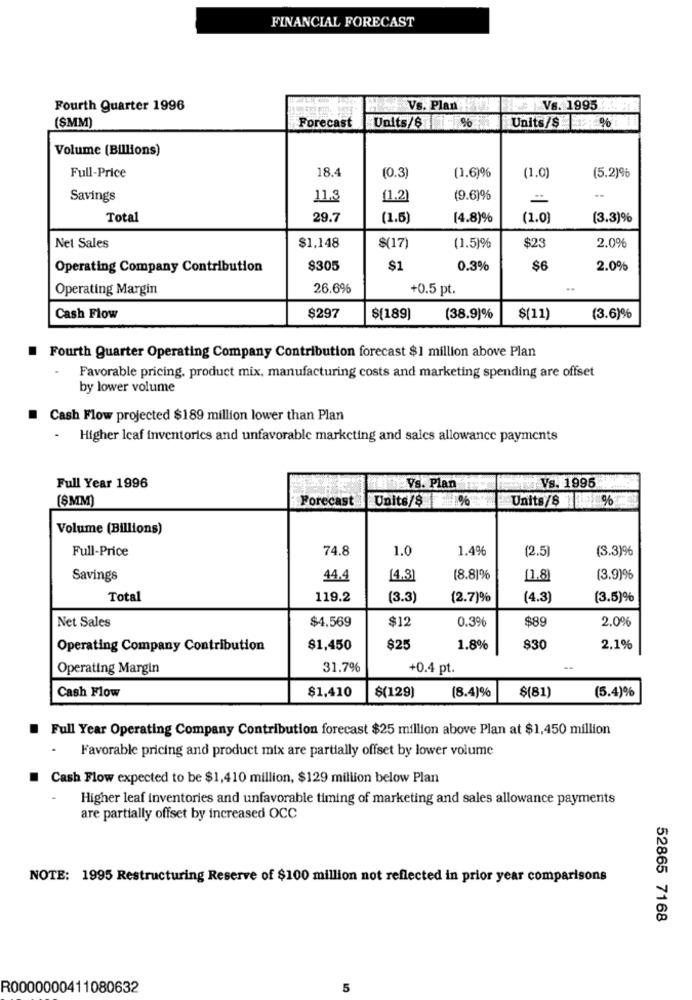
FINANCIAL FORECAST
Fourth Quarter 1996
Vs. Plan
Vs. 1995
(SMM)
Forecast
Units/6 %
Units/$%
Volume (Billions)
Full-Price
18.4
(0.3)
(1.6)%
(1.0)
(5.2)%
Savings
11.3
[1.2)
(9.6)96
Total
29.7
(1.5)
(4.8)%
(1.0)
(3.3)%
Net Sales
$1,148
2.0%
$(17)
(1.5)%
$23
Operating Company Contribution
$305
$1
0.3%
$6
2.0%
Operating Margin
26.6%
+0.5 pt.
..
Cash Flow
$297
$[189]
(38.9)%
$(11)
(3.6)%
Fourth Quarter Operating Company Contribution forecast $1 million above Plan
Favorable pricing. product mix, manufacturing costs and marketing spending are offset
by lower volume
Cash Flow projected $189 million lower than Plan
- Higher leaf inventorics and unfavorable marketing and sales allowance payments
Full Year 1996
Vs. Plan
Vs. 1995
(ŞMM)
Forecast
Units/$ %
Units/8 %
Volume (Billions)
Full-Price
74.8
1.0
1.4%
(2.5)
(3.3)%
Savings
44.4
[4.3]
(8.81%
01.8
(3.9)%
Total
119.2
(3.3)
(2.7)%
(4.3)
(3.5)%
Net Sales
$4.569
$12
0.3%
$89
2.0%
Operating Company Contribution
$1,450
$25
1.8%
$30
2.1%
Operating Margin
31.7%
+0.4 pt.
Cash Flow
$1,410
$(129)
(8.4)%
$(81)
(5.4)%
.
Full Year Operating Company Contribution forecast $25 million above Plan at $1,450 million
.
Favorable pricing and product mix are partially offset by lower volume
Cash Flow expected to be $1,410 million, $129 million below Plan
Higher leaf inventories and unfavorable timing of marketing and sales allowance payments
are partially offset by increased OCC
NOTE: 1995 Restructuring Reserve of $100 million not reflected in prior year comparisons
52865 7168
R0000000411080632
5